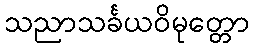
သညာသင်္ခယဝိမုတ္တော